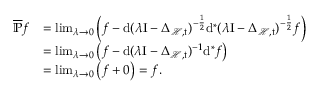
\begin{array} { r l } { \overline { { \mathbb { P } } } f } & { = \operatorname* { l i m } _ { \lambda \rightarrow 0 } \left( f - \mathrm { d } ( \lambda \mathrm { I } - \Delta _ { \mathcal { H } , \mathfrak { t } } ) ^ { - \frac { 1 } { 2 } } \mathrm { d } ^ { \ast } ( \lambda \mathrm { I } - \Delta _ { \mathcal { H } , \mathfrak { t } } ) ^ { - \frac { 1 } { 2 } } f \right) } \\ & { = \operatorname* { l i m } _ { \lambda \rightarrow 0 } \left( f - \mathrm { d } ( \lambda \mathrm { I } - \Delta _ { \mathcal { H } , \mathfrak { t } } ) ^ { - 1 } \mathrm { d } ^ { \ast } f \right) } \\ & { = \operatorname* { l i m } _ { \lambda \rightarrow 0 } \left( f + 0 \right) = f . } \end{array}